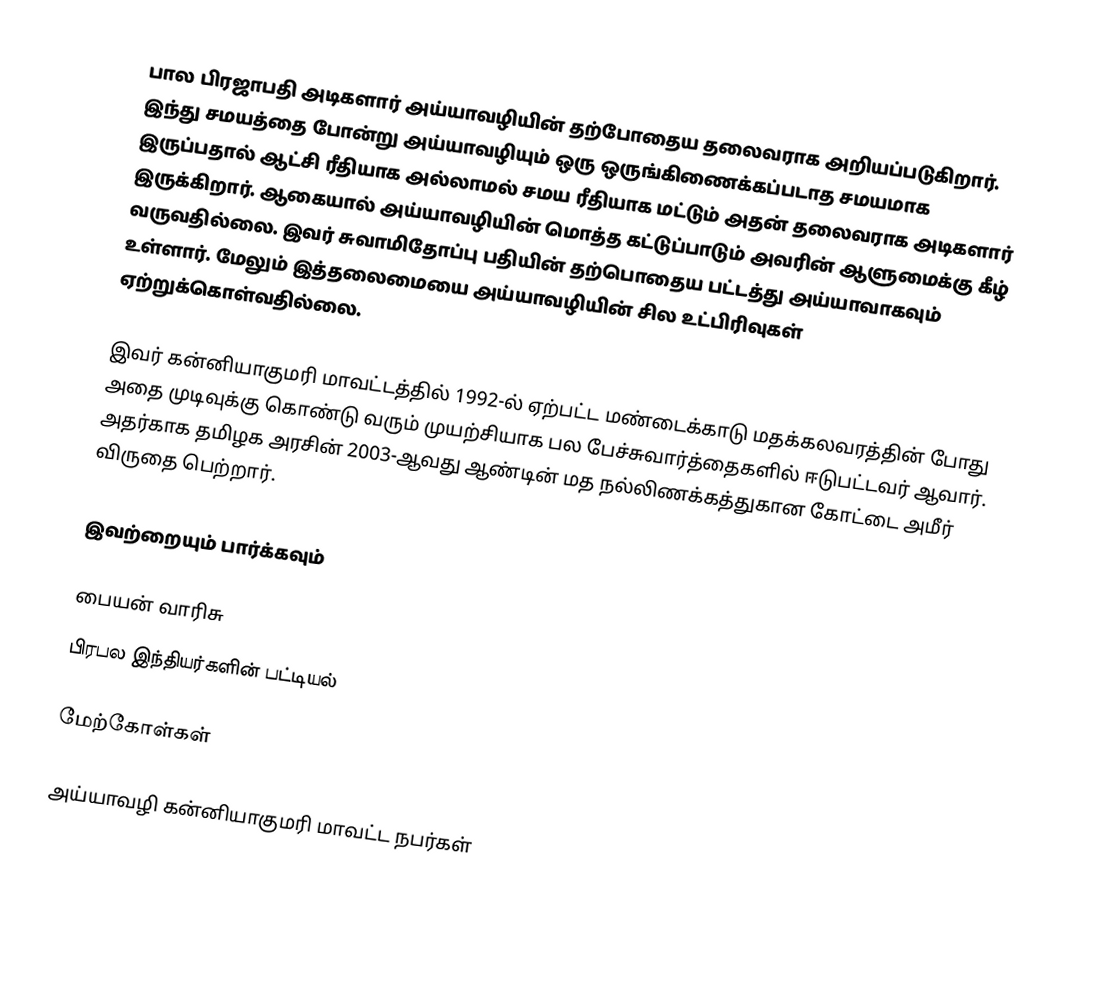
பால பிரஜாபதி அடிகளார் அய்யாவழியின் தற்போதைய தலைவராக அறியப்படுகிறார்.  இந்து சமயத்தை போன்று அய்யாவழியும் ஒரு ஒருங்கிணைக்கப்படாத சமயமாக இருப்பதால் ஆட்சி ரீதியாக அல்லாமல் சமய ரீதியாக மட்டும் அதன் தலைவராக அடிகளார் இருக்கிறார். ஆகையால் அய்யாவழியின் மொத்த கட்டுப்பாடும் அவரின் ஆளுமைக்கு கீழ் வருவதில்லை. இவர் சுவாமிதோப்பு பதியின் தற்பொதைய பட்டத்து அய்யாவாகவும் உள்ளார். மேலும் இத்தலைமையை அய்யாவழியின் சில உட்பிரிவுகள் ஏற்றுக்கொள்வதில்லை.

இவர் கன்னியாகுமரி மாவட்டத்தில் 1992-ல் ஏற்பட்ட மண்டைக்காடு மதக்கலவரத்தின் போது அதை முடிவுக்கு கொண்டு வரும் முயற்சியாக பல பேச்சுவார்த்தைகளில் ஈடுபட்டவர் ஆவார். அதர்காக தமிழக அரசின் 2003-ஆவது ஆண்டின் மத நல்லிணக்கத்துகான கோட்டை அமீர் விருதை பெற்றார்.

இவற்றையும் பார்க்கவும்

பையன் வாரிசு
பிரபல இந்தியர்களின் பட்டியல்

மேற்கோள்கள்

அய்யாவழி கன்னியாகுமரி மாவட்ட நபர்கள்